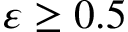
\varepsilon \ge 0 . 5